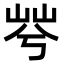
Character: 𡷬